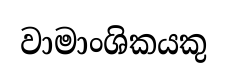
වාමාංශිකයකු